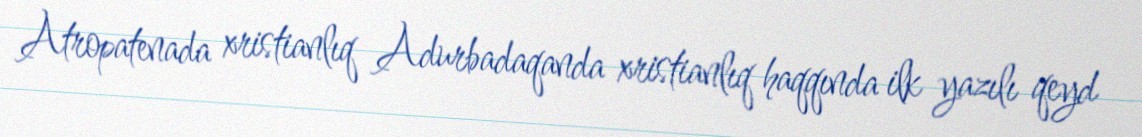
Atropatenada xristianlıq Adurbadaqanda xristianlıq haqqında ilk yazılı qeyd